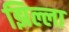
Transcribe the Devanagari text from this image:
झिल्ला